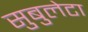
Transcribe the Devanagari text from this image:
सुबुलेटा